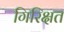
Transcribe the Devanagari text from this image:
गिरिक्षत